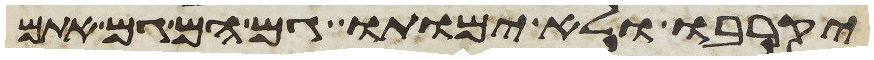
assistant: יקרבו ולא ימותו גם הם גם אתם